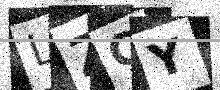
Text: LZCY